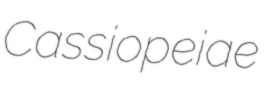
Cassiopeiae